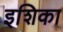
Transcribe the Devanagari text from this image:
इशिका